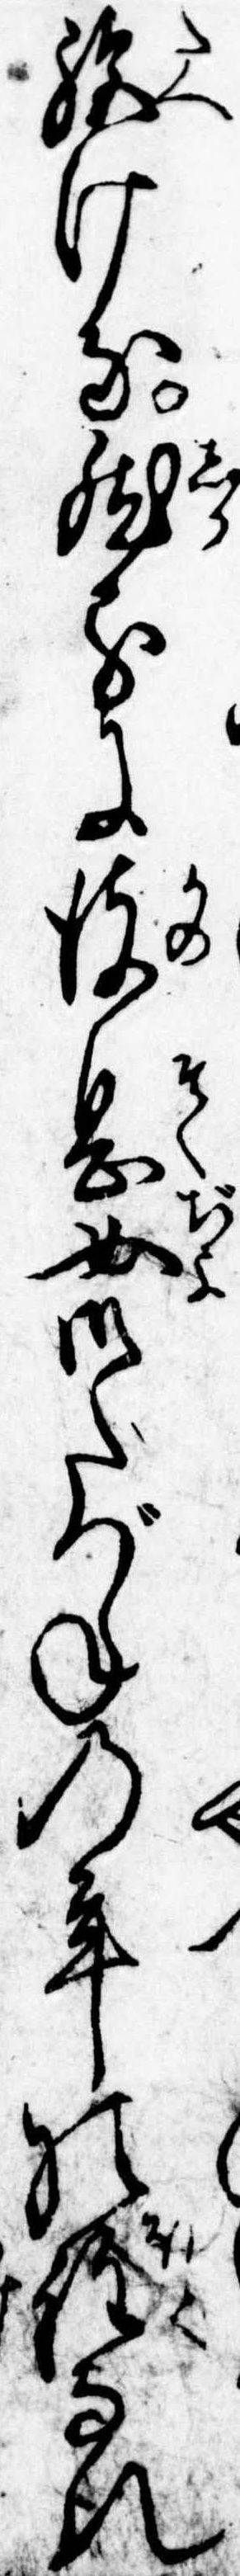
絶ける然るに彼息女御たづねの年の程なれ